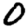
Digit: 0